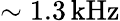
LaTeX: \sim 1.3\, \mathrm{kHz}